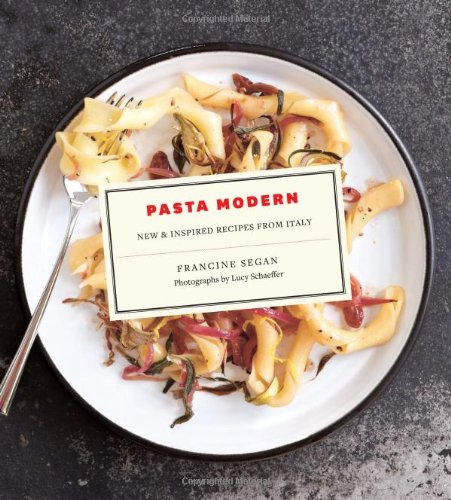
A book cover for Pasta Modern: New & Inspired Recipes from Italy; Francine Segan; Cookbooks, Food & Wine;